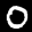
Label: 0